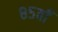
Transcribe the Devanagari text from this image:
८५वाँ